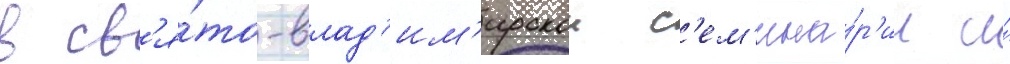
в св'я́то-влад'им'ирскои с'ем'ина́р'ии и́